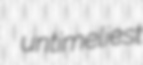
untimeliest